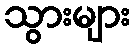
သွားများ